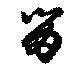
笛